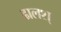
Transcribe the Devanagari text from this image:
ढालश्